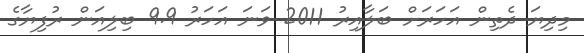
މިދިޔަ ދެތިން އަހަރަށް ބަލާއިރު 2011 ވަނަ އަހަރު 9.9 ބިލިއަން ރުފިޔާގެ